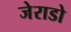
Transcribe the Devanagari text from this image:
जेराडो